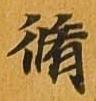
脩